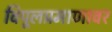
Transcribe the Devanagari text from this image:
विपूलप्रमाणावर